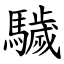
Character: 䮹